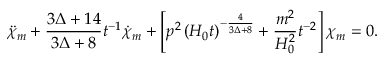
\ddot { \chi } _ { m } + \frac { 3 \Delta + 1 4 } { 3 \Delta + 8 } t ^ { - 1 } \dot { \chi } _ { m } + \left[ p ^ { 2 } \left( H _ { 0 } t \right) ^ { - \frac { 4 } { 3 \Delta + 8 } } + \frac { m ^ { 2 } } { H _ { 0 } ^ { 2 } } t ^ { - 2 } \right] \chi _ { m } = 0 .